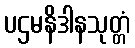
ပဌမနိဒါနသုတ္တံ